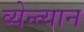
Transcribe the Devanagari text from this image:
व्येन्त्यान